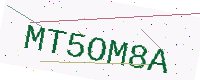
Text: MT5OM8A